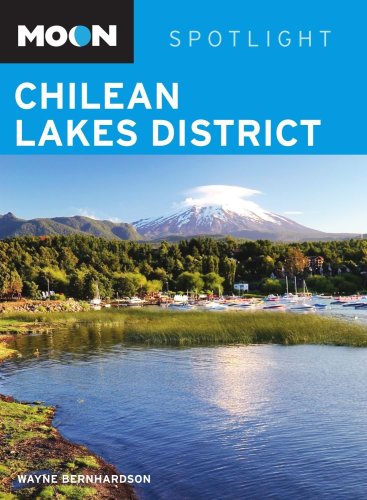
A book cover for Moon Spotlight Chilean Lake District; Wayne Bernhardson; Travel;